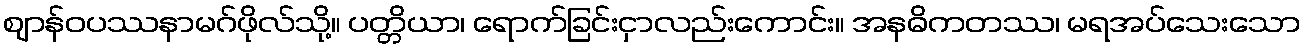
ဈာန်ဝပဿနာမဂ်ဖိုလ်သို့။ ပတ္တိယာ၊ ရောက်ခြင်းငှာလည်းကောင်း။ အနဓိကတဿ၊ မရအပ်သေးသော